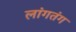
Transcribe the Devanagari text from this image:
लांगतंग